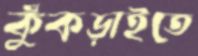
কুঁকড়াইতে